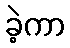
ခဲ့ကာ